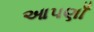
આપણાઁ